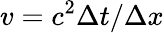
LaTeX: v=c^{2}\Delta t/\Delta x